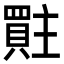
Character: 𮚜